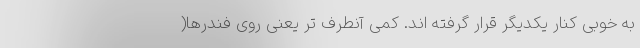
به خوبی کنار یکدیگر قرار گرفته اند. کمی آنطرف تر یعنی روی فندرها(